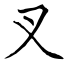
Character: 叉